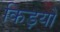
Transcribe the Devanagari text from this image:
किड़यों